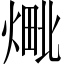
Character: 𬊴